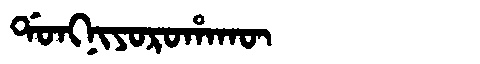
Manchu: ᡩᠣᠩᠨᡳᠶᠣᡵᠣᡥᠠᡴᡡ
Romanization: DONGNIYOROHAKŪ